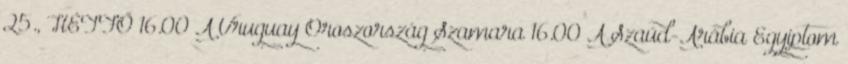
25., HÉTFŐ 16.00 A Uruguay–Oroszország Szamara 16.00 A Szaúd-Arábia–Egyiptom